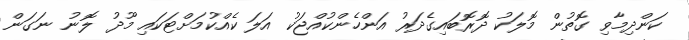
ކަންދިމާވި ގޮތުން މޮލަކު ދޮރޮބައިގެދަރު އަންހެންކުއްޖަކު އަލަ ކެއްކުމަށްޓަކައި މޫދު ލޮނު ނަގަން